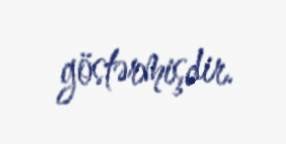
göstərmişdir.